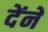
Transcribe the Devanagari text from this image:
देंने